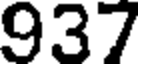
937